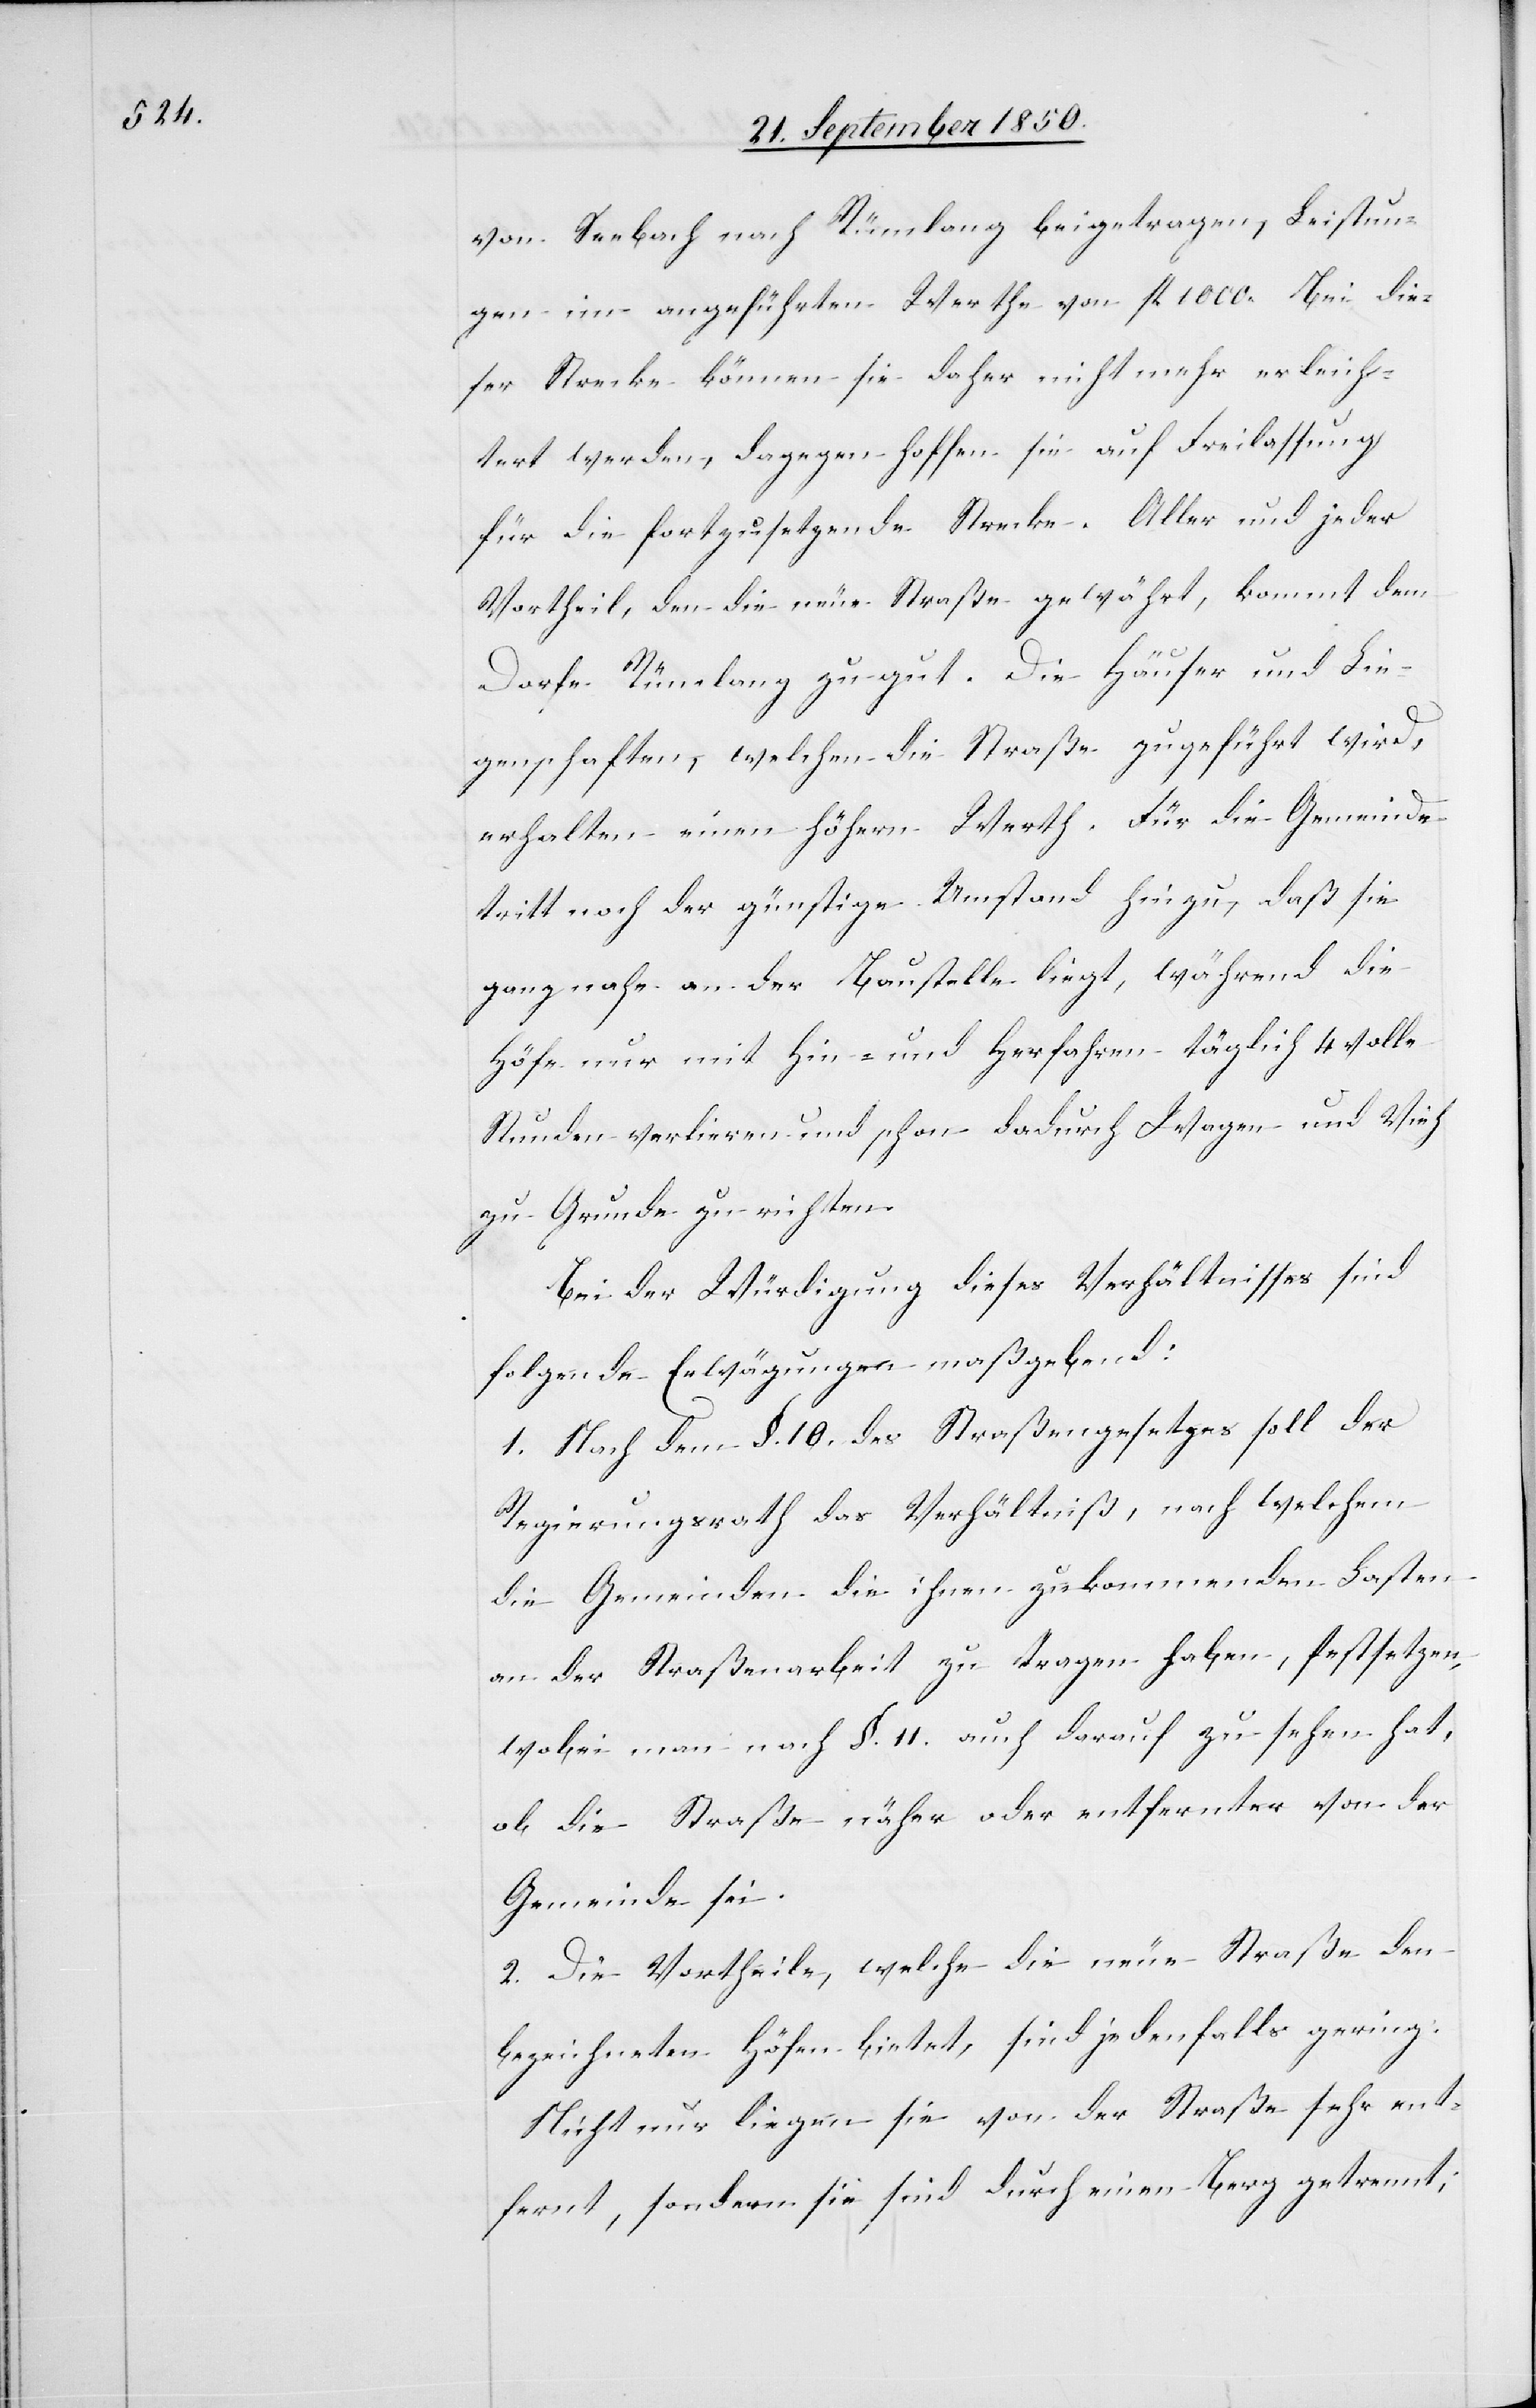
von Seebach nach Rümlang beigetragen, Leistun¬
gen im angeführten Werthe von fl 1000. Bei die¬
ser Strecke können sie daher nicht mehr erleich¬
tert werden, dagegen hoffen sie auf Freilassung
für die fortzusetzende Strecke. Aller und jeder
Vortheil, den die neue Straße gewährt, kommt dem
Dorfe Rümlang zu gut. Die Häuser und Lie¬
genschaften, welchen die Straße zugeführt wird,
erhalten einen höhern Werth. Für die Gemeinde
tritt noch der günstige Umstand hinzu, daß sie
ganz nahe an der Baustelle liegt, während die
Höfe nur mit Hin- und Herfahren täglich 4 volle
Stunden verlieren und schon dadurch Wagen und Vieh
zu Grunde richten.
Bei der Würdigung dieses Verhältnisses sind
folgende Erwägungen maßgebend:
1. Nach dem §. 10. des Straßengesetzes soll der
Regierungsrath das Verhältniß, nach welchem
die Gemeinden die ihnen zukommenden Lasten
an der Straßenarbeit zu tragen haben, festsetzen,
wobei man nach §. 11. auch darauf zu sehen hat,
ob die Straße näher oder entfernter von der
Gemeinde sei.
2. Die Vortheile, welche die neue Straße den
bezeichneten Höfen bietet, sind jedenfalls gering:
Nicht nur liegen sie von der Straße sehr ent¬
fernt, sondern sie sind durch einen Berg getrennt;